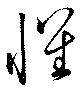
懷